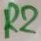
Text: R2